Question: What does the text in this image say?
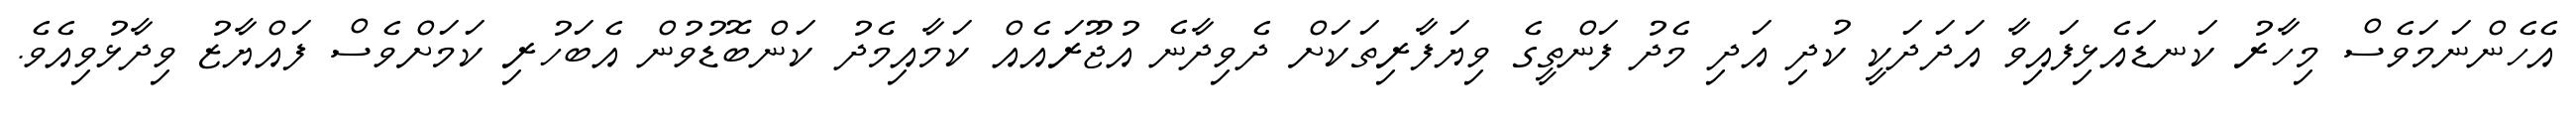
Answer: އެހެންނަމަވެސް މިހާރު ކަނޑައެޅިފައިވާ އަދަދަކީ ކުދި އަދި މެދު ފަންތީގެ ވިޔަފާރިތަކަށް ދެވިދާނެ އުޖޫރައެއް ކަމާއިމެދު ކަންބޮޑުވުން އެބަހުރި ކަމަށްވެސް ފައްޔާޒު ވިދާޅުވިއެވެ.